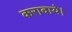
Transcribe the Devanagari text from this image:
करावाये।